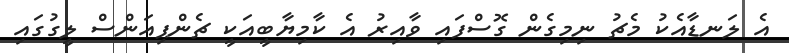
އެ ލަނޑާއެކު މެޗު ނިމިގެން ގޮސްފައި ވާއިރު އެ ކާމިޔާބީއަކީ ޗެންޕިއަންސް ލީގުގައި